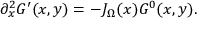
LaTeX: \partial _ { x } ^ { 2 } G ^ { \prime } ( x , y ) = - J _ { \Omega } ( x ) G ^ { 0 } ( x , y ) .